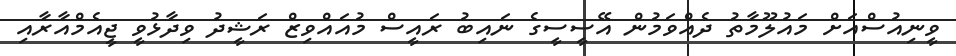
ވީނިއުސްއަށް މައުލޫމާތު ދެއްވަމުން އޭސީސީގެ ނައިބު ރައީސް މުއައްވިޒް ރަޝީދު ވިދާޅުވީ ޖީއެމްއާރާއި